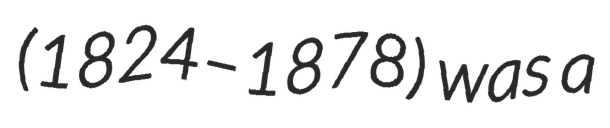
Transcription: (1824–1878) was a